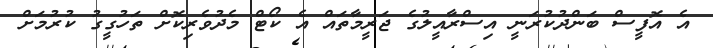
އެ އޮފީސް ބަންދުކުރަނީ އިސްރާއީލުގެ ޖަރީމާތައް އެ ކޯޓް މެދުވެރިކޮށް ތަހުގީގު ކުރުމަށް